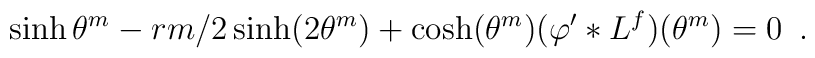
\sinh \theta ^{m}-rm/2\sinh (2\theta ^{m})+\cosh (\theta ^{m})(\varphi^{\prime }\ast L^{f})(\theta ^{m})=0\,\,\,.